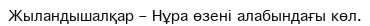
Жыландышалқар – Нұра өзені алабындағы көл.